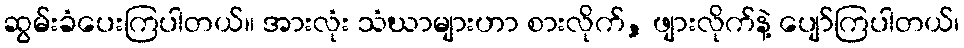
ဆွမ်းခံပေးကြပါတယ်။ အားလုံး သံဃာများဟာ စားလိုက်, ဖျားလိုက်နဲ့ ပျော်ကြပါတယ်၊